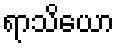
ရာသိယော